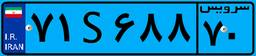
۷۱S۶۸۸۷۰